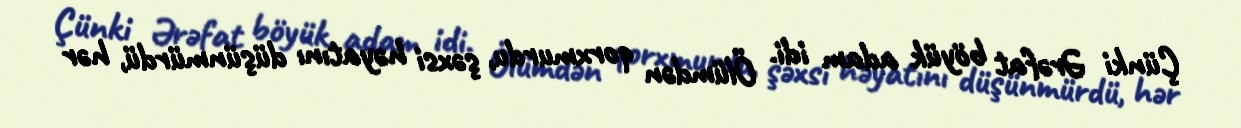
Çünki Ərəfat böyük adam idi. Ölümdən qorxmurdu, şəxsi həyatını düşünmürdü, hər